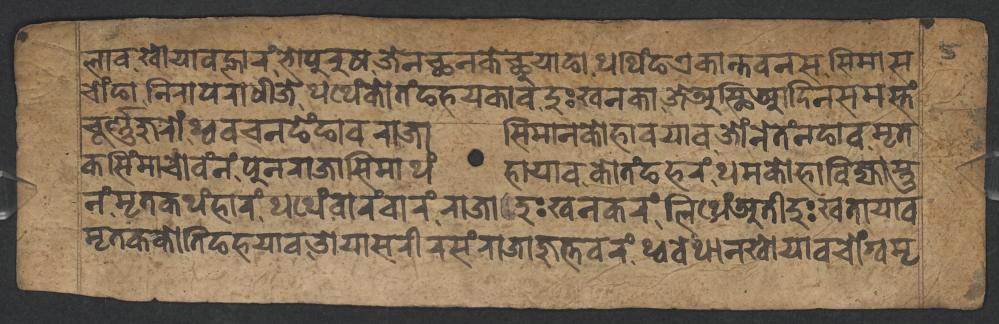
𑐮𑐵𑐰𑐏𑑀𑐫𑐵𑐰𑐮𑑂𑐴𑐵𑐬𑑄𑐨𑑀𑐥𑐸𑐬𑐸𑐲𑐖𑐾𑐣𑐕𑐣𑐎𑐾𑐕𑐸𑐫𑐵𑐒𑐵𑐠𑐠𑐶𑑄𑐒𑐊𑐎𑐵𑐣𑑂𑐟𑐰𑐣𑐳𑐳𑐶𑐩𑐵𑐳 𑐔𑑀𑑄𑐒𑐵𑐣𑐶𑐬𑐵𑐥𑐬𑐵𑐢𑐷𑐖𑐾𑐠𑐠𑐾𑑄𑐎𑑀𑐟𑑄𑐒𑐴𑐫𑐎𑐵𑐰𑐡𑐸𑑅𑐏𑐣𑐎𑐵𑐖𑐾𑐀𑐳𑑂𑐠𑐶𑐁𑐡𑐶𑐣𑐳𑐩𑐳𑑂𑐟𑑄  𑐔𑐹𑐬𑑂𑐞𑑂𑐞𑐖𑐸𑐬𑑀𑑄𑐠𑑂𑐰𑐰𑐔𑐣𑐒𑐾𑑄𑐒𑐵𑐰𑐬𑐵𑐖𑐵𑐳𑐶𑐩𑐵𑐣𑐎𑑀𑐴𑐵𑐰𑐫𑐵𑐰𑐖𑑀𑑄𑐣𑐾𑐟𑑄𑐣𑐒𑐵𑐰𑐩𑐺𑐟 𑐎𑐳𑐶𑑄𑐩𑐵𑐔𑑀𑐰𑑄𑐣𑑄𑐥𑐸𑐣𑐬𑐵𑐖𑐵𑐳𑐶𑐩𑐵𑐠𑑄𑐴𑐵𑐫𑐵𑐰𑐎𑑀𑐟𑑄𑐒𑐴𑐬𑑄𑐠𑐩𑐎𑑀𑐴𑐵𑐧𑐶𑐖𑑂𑐫𑐵𑐳𑑂𑐟𑐸 𑐣𑑄𑐩𑐺𑐟𑐎𑐠𑑄𑐴𑐵𑐬𑑄𑐠𑐠𑐾𑑄𑐰𑑀𑐬𑑄𑐰𑐵𑐬𑑄𑐬𑐵𑐖𑐵𑐡𑐸𑑅𑐏𑐣𑐎𑐬𑑄𑐮𑐶𑐠𑐾𑑄𑐀𑐟𑐷𑐡𑐸𑑅𑐏𑐟𑐵𑐫𑐵𑐰 𑐩𑐺𑐟𑐎𑐎𑑀𑐟𑐶𑐒𑐴𑐫𑐵𑐰𑐌𑐫𑐵𑐳𑐬𑐷𑐬𑐳𑑄𑐬𑐵𑐖𑐵𑐖𑐸𑐟𑑂𑐟𑐰𑐬𑑄𑐠𑑂𑐰𑐰𑐾𑐠𑐵𑐣𑐏𑑀𑐫𑐵𑐰𑐔𑑀𑑄𑐐𑑂𑐰𑐩𑐺